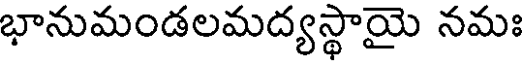
భానుమండలమద్యస్థాయై నమః